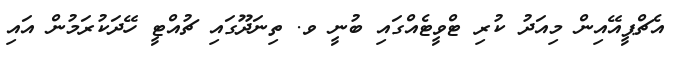
އެޗްޕީއޭއިން މިއަދު ކުރި ޓްވީޓެއްގައި ބުނީ ވ. ތިނަދޫގައި ޗުއްޓީ ހޭދަކުރަމުން އައި